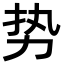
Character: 势